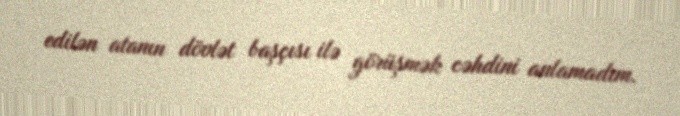
edilən atanın dövlət başçısı ilə görüşmək cəhdini anlamadım.